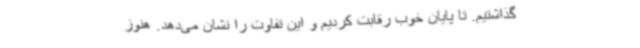
گذاشتیم. تا پایان خوب رقابت کردیم و این تفاوت را نشان می‌دهد. هنوز